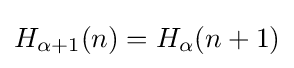
H_{\alpha +1}(n)=H_{\alpha }(n+1)